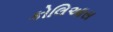
કોલિઆસ